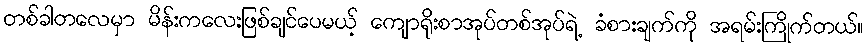
တစ်ခါတလေမှာ မိန်းကလေးဖြစ်ချင်ပေမယ့် ကျောရိုးစာအုပ်တစ်အုပ်ရဲ့ ခံစားချက်ကို အရမ်းကြိုက်တယ်။